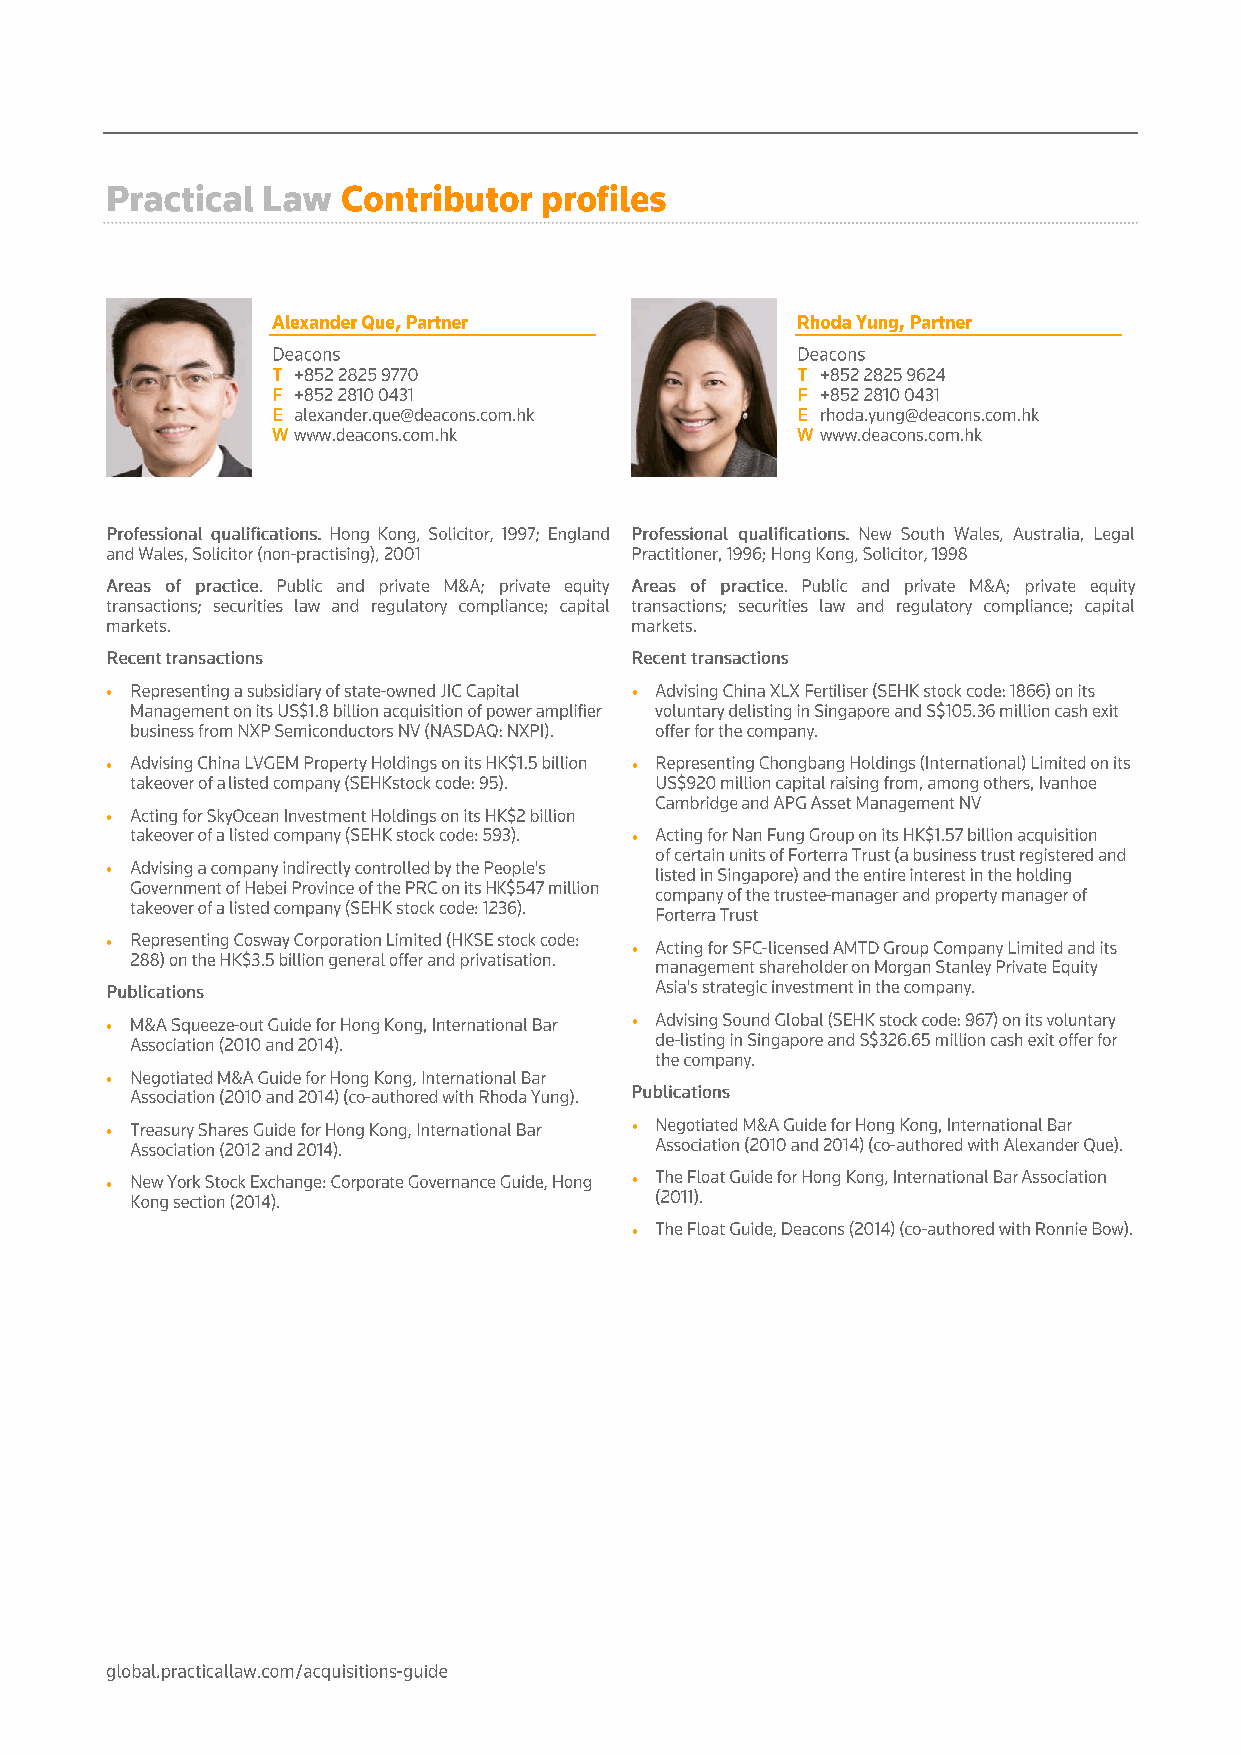
                                  
                                   
 
 
 
 
 
                                   
 
                                   
                                   
 